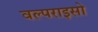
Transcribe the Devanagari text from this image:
वल्पराइसो